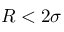
R < 2 \sigma